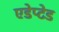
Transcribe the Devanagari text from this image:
एडेप्टेड